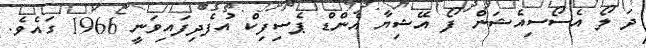
ދަ ލޯ އެސޯސިއެޝަން ފޯ އޭޝިޔާ އެންޑް ޕެސިފިކް އުފެދިފައިވަނީ 1966 ގައެވެ.